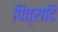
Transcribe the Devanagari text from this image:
पित्रादि